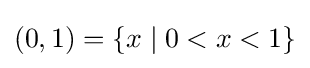
(0,1)=\{x\mid 0<x<1\}